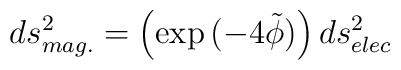
ds^{2}_{mag.} = \left ( \exp{(-4\tilde \phi)}\right ) ds^{2}_{elec}